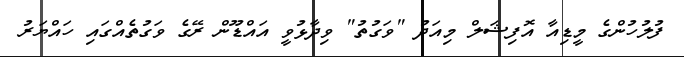
ފުލުހުންގެ މީޑިއާ އޮފިޝަލް މިއަދު "ވަގުތު" ވިދާޅުވީ އައްޑޫން ރޭގެ ވަގުތެއްގައި ހައްޔަރު